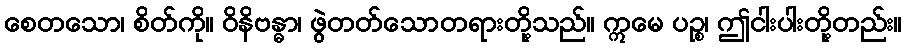
စေတသော၊ စိတ်ကို။ ဝိနိဗန္ဓာ၊ ဖွဲတတ်သောတရားတို့သည်။ ဣမေ ပဉ္စ၊ ဤငါးပါးတို့တည်း။